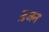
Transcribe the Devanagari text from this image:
ड़जन